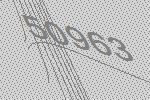
50963